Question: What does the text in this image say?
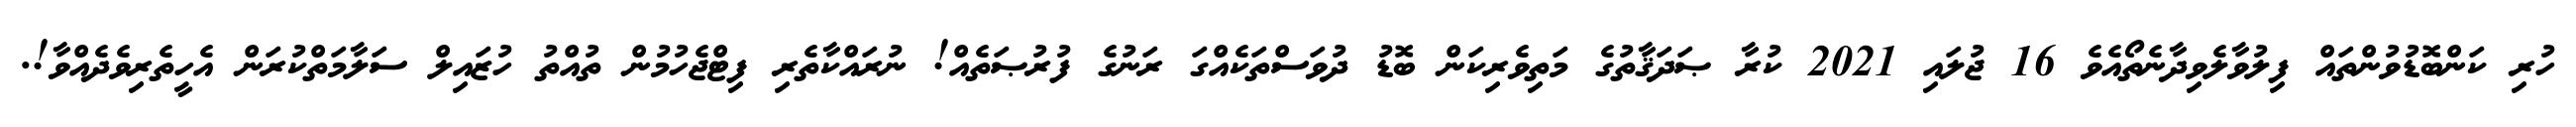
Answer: ހުރި ކަންބޮޑުވުންތައް ފިލުވާލެވިދާނެތޯއެވެ 16 ޖުލައި 2021 ކުރާ ޞަދަޤާތުގެ މަތިވެރިކަން ބޮޑު ދުވަސްތަކެއްގަ ރަނުގެ ފުރުޞަތެއް! ނުރައްކާތެރި ފިޓްޖެހުމުން ތުއްތު ހުޒައިލް ސަލާމަތްކުރަން އެހީތެރިވެދެއްވާ!.